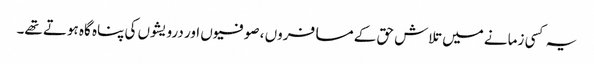
یہ کسی زمانے میں تلاش حق کے مسافروں ، صوفیوں اور درویشوں کی پناہ گاہ ہوتے تھے۔